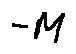
- M